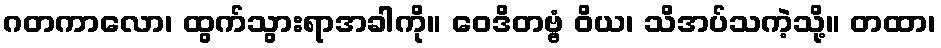
ဂတကာလော၊ ထွက်သွားရာအခါကို။ ဝေဒိတဗ္ဗံ ဝိယ၊ သိအပ်သကဲ့သို့။ တထာ၊